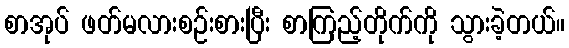
စာအုပ် ဖတ်မလားစဉ်းစားပြီး စာကြည့်တိုက်ကို သွားခဲ့တယ်။